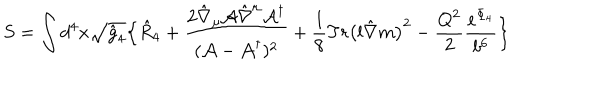
S = \int d ^ { 4 } x \sqrt { \hat { g } _ { 4 } } \Bigl \{ \hat { R } _ { 4 } + \frac { 2 \hat { \nabla } _ { \mu } { \cal A } \hat { \nabla } ^ { \mu } { \cal A } ^ { \dagger } } { ( { \cal A } - { \cal A } ^ { \dagger } ) ^ { 2 } } + \frac { 1 } { 8 } T r \bigl ( l \hat { \nabla } m \bigr ) ^ { 2 } - \frac { Q ^ { 2 } } { 2 } \frac { e ^ { \Phi _ { 4 } } } { b ^ { 6 } } \Bigr \}